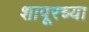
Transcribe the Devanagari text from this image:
शापूरच्या